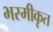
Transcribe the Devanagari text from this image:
भस्मीकृत